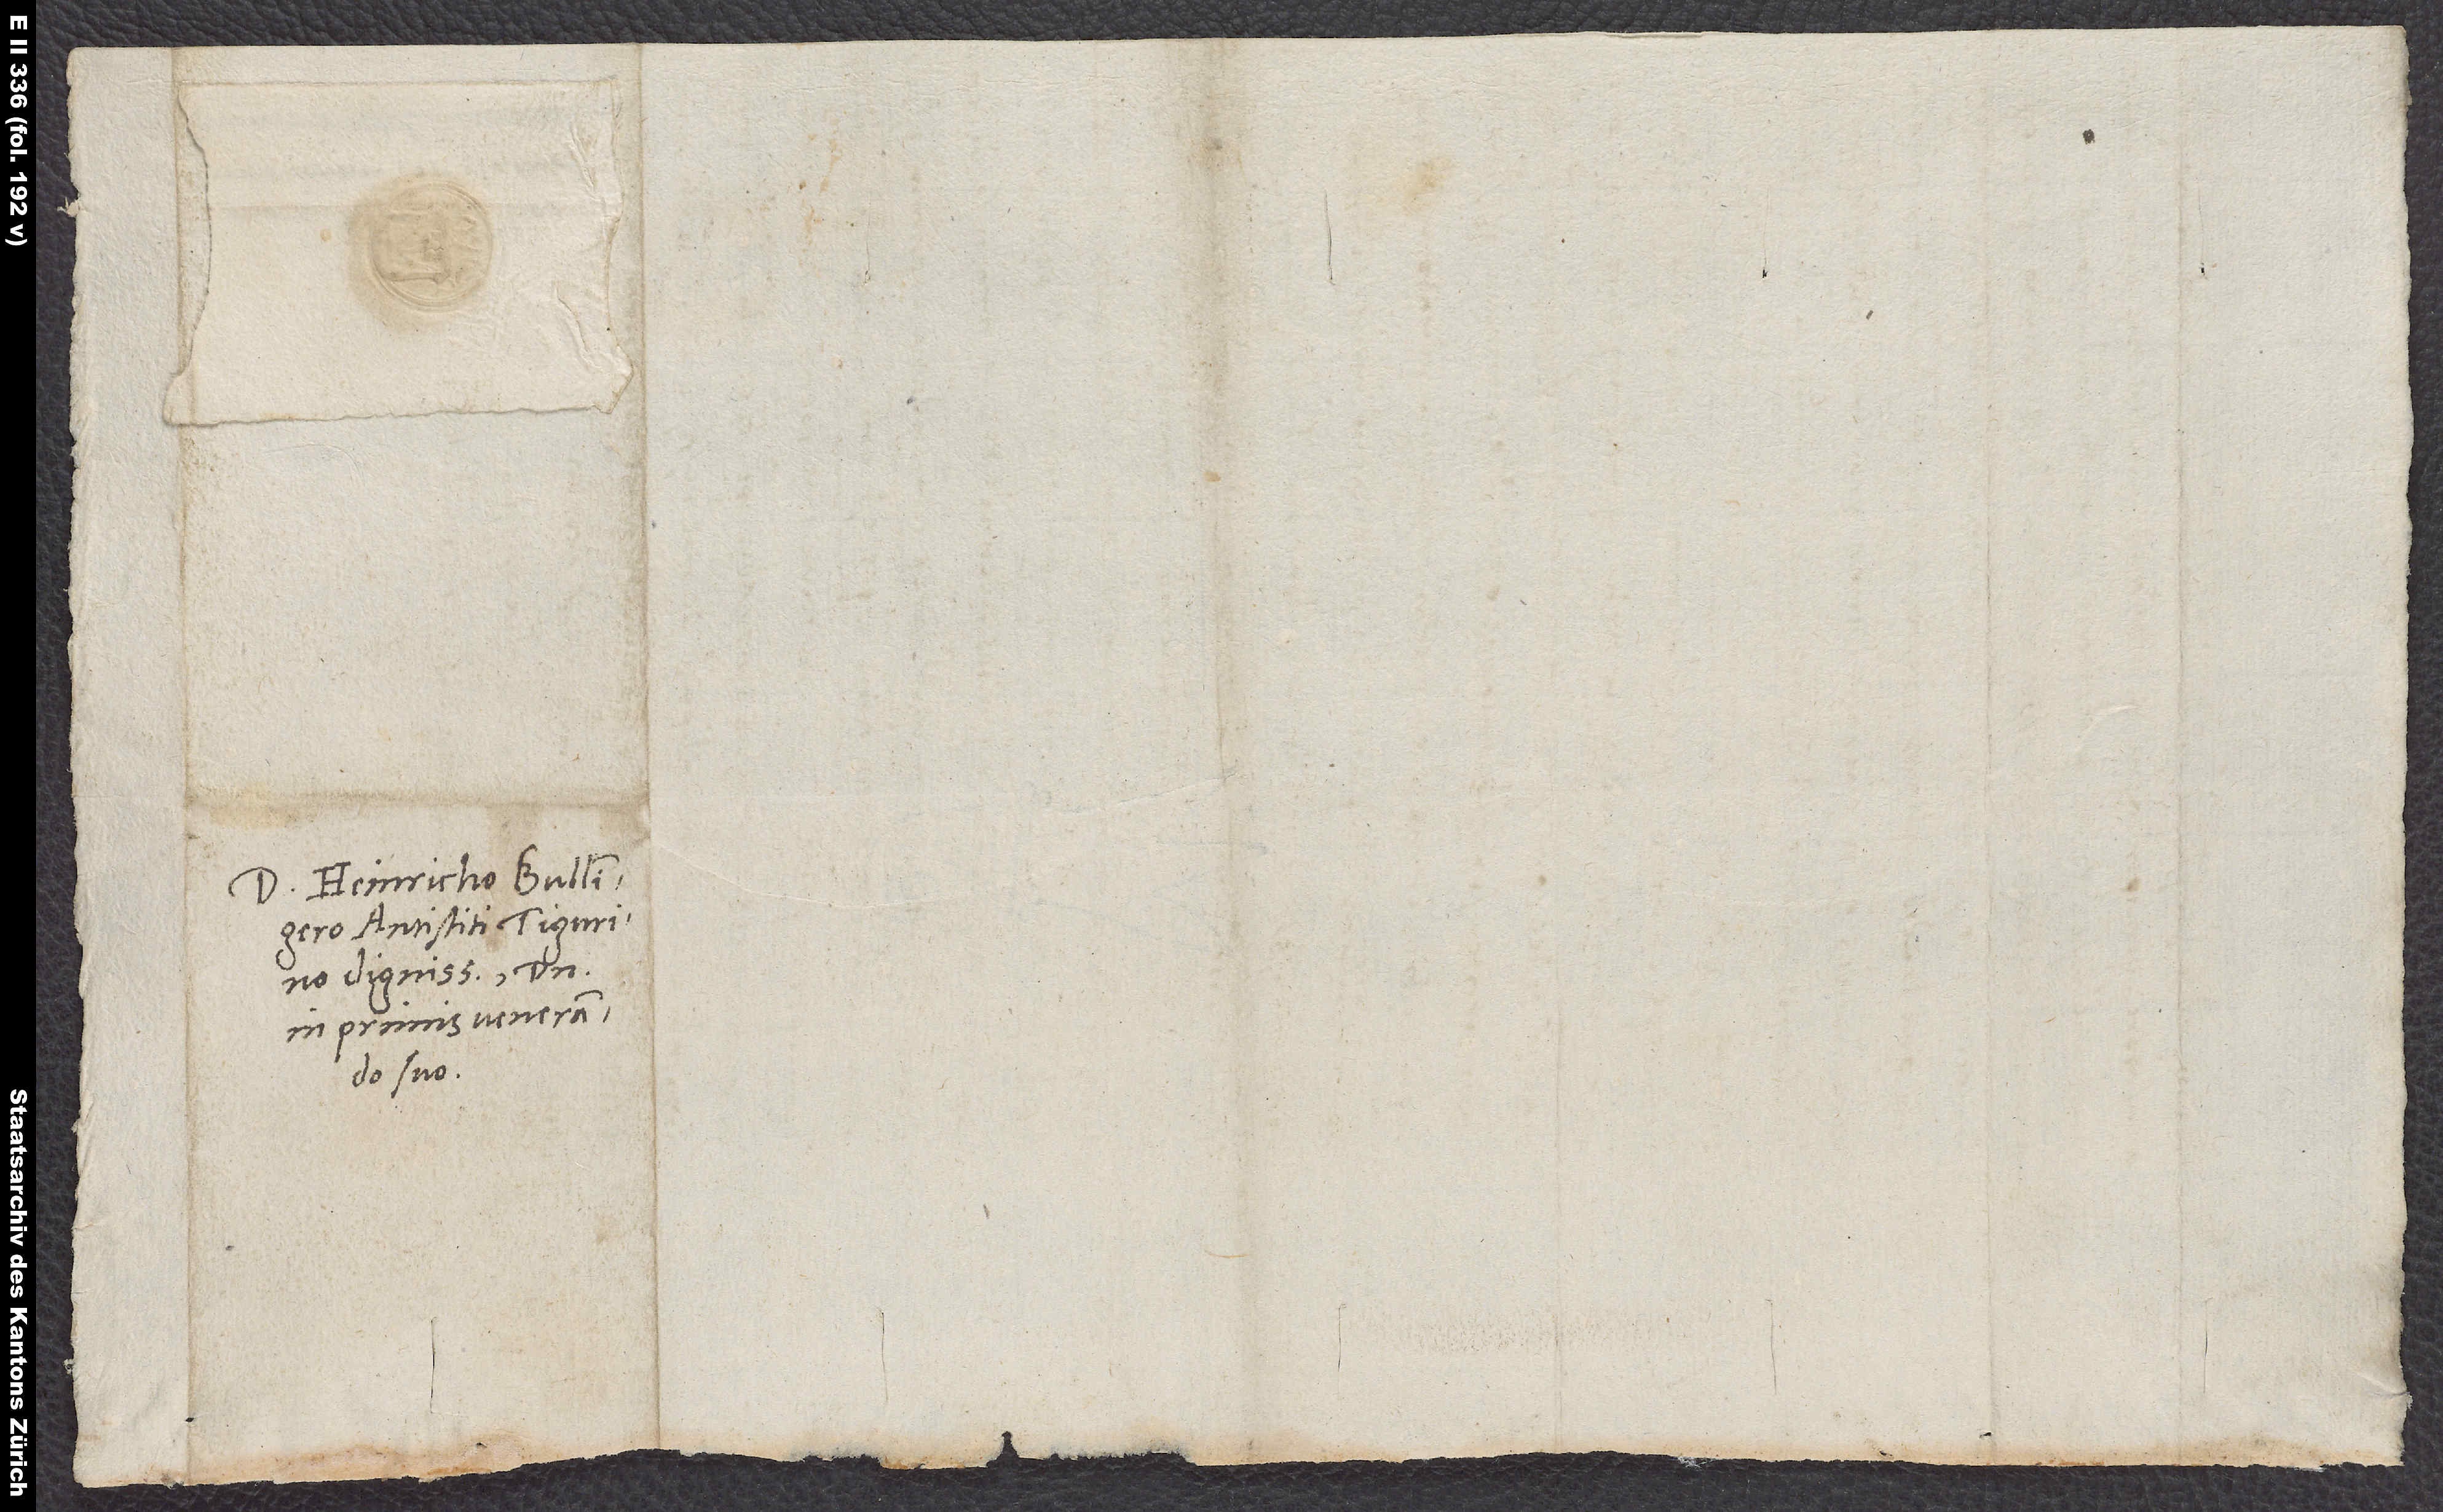
Domino Heinricho Bullingero,
antistiti Tigurino
dignissimo, domino
in primis venerando
suo.